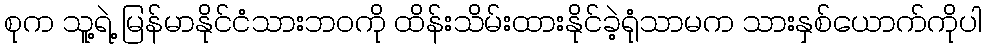
စုက သူ့ရဲ့ မြန်မာနိုင်ငံသားဘဝကို ထိန်းသိမ်းထားနိုင်ခဲ့ရုံသာမက သားနှစ်ယောက်ကိုပါ